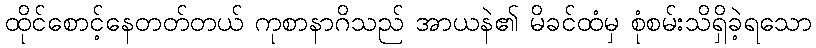
ထိုင်စောင့်နေတတ်တယ် ကုစာနာဂိသည် အာယနဲ၏ မိခင်ထံမှ စုံစမ်းသိရှိခဲ့ရသော